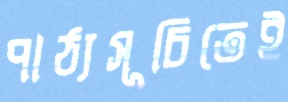
পাঠ্যসূচিতেই